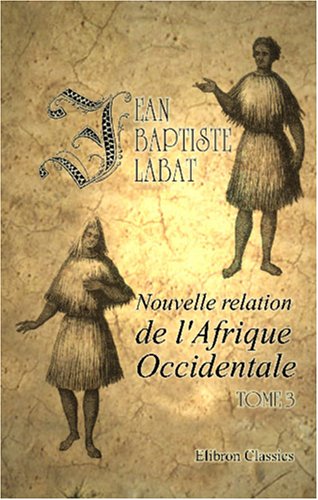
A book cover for Nouvelle relation de l'Afrique Occidentale: Contenant une discription exacte du SÃ©nÃ©gal et des Pays situÃ©s entre le Cap-Blanc et la RiviÃ¨re de ... enrichi de cartes. Tome 1 (French Edition); Jean Baptiste Labat; Travel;